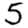
Digit: 5